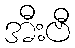
အီးဗီ